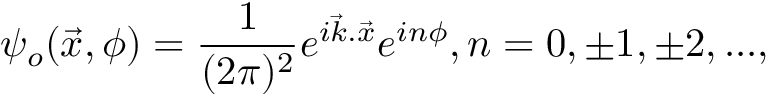
\psi _ { o } ( \vec { x } , \phi ) = \frac { 1 } { ( 2 \pi ) ^ { 2 } } e ^ { i \vec { k } . \vec { x } } e ^ { i n \phi } , n = 0 , \pm 1 , \pm 2 , . . . ,